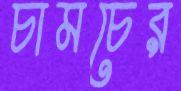
চামচের